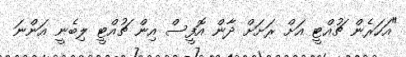
"އަހަރެން ޗުއްޓީ އަށް ރަށަށް ދާން އޮފީސް އިން ޗުއްޓީ ލިބެނީ އަންނަ